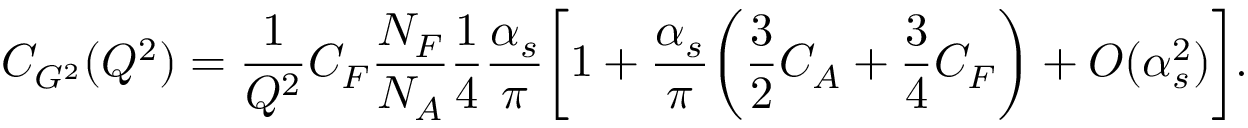
C _ { G ^ { 2 } } ( Q ^ { 2 } ) = \frac { 1 } { Q ^ { 2 } } C _ { F } \frac { N _ { F } } { N _ { A } } \frac { 1 } { 4 } \frac { \alpha _ { s } } { \pi } \biggl [ 1 + \frac { \alpha _ { s } } { \pi } \biggl ( \frac { 3 } { 2 } C _ { A } + \frac { 3 } { 4 } C _ { F } \biggr ) + O ( \alpha _ { s } ^ { 2 } ) \biggr ] .